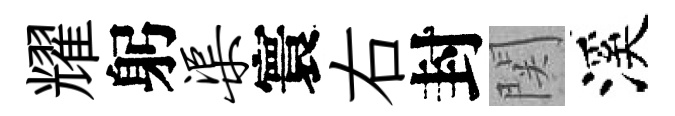
耀躬渠寰右封関溪